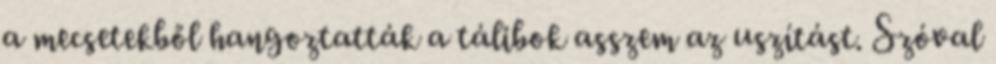
a mecsetekből hangoztatták a tálibok asszem az uszítást. Szóval